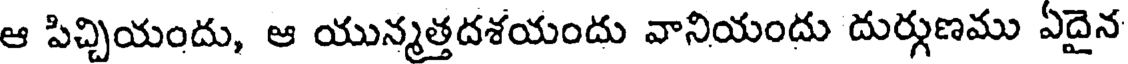
ఆ పిచ్చియందు, ఆ యున్మత్తదశయందు వానియందు దుర్గుణము ఏదైన